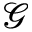
\mathcal { G }